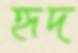
হৃদ